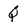
Character: Q